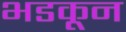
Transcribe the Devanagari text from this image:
भडकून